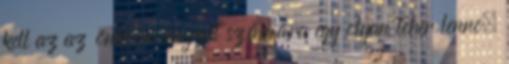
kell az az önkormányzat számára egy olyan teher lenne,